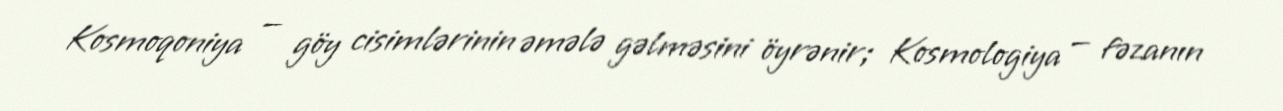
Kosmoqoniya — göy cisimlərinin əmələ gəlməsini öyrənir; Kosmologiya — fəzanın